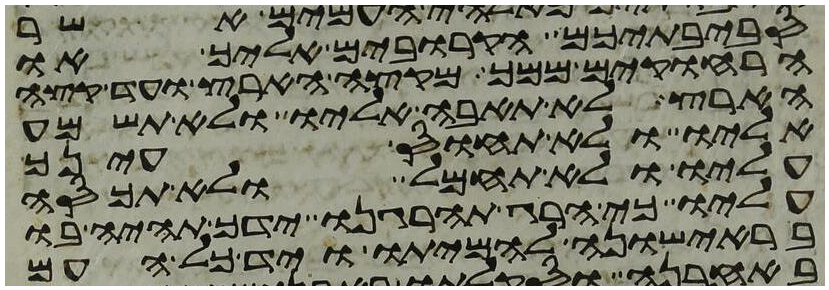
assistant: סביבתיכם הקרובים אליך או
הרחוקים ממך מקצה הארץ ועד קצה
הארץ לא תאבה אליו ולא תשמע
אליו ולא תחוס עינך
עליו ולא תחמל ולא תכסה
עליו כי הרג תהרגנו ידך תהיה בו
בראישונה להמיתו ויד כל העם